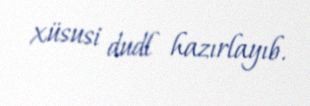
xüsusi dudl hazırlayıb.